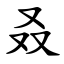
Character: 叒